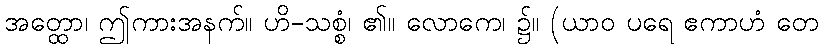
အတ္ထော၊ ဤကားအနက်။ ဟိ-သစ္စံ၊ ၏။ လောကေ၊ ၌။ (ယာဝ ပရေ ဧကာဟံ တေ